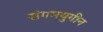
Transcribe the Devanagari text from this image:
संगमयुगीन